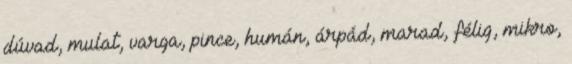
dúvad, mulat, varga, pince, humán, árpád, marad, félig, mikro,